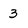
Character: 3